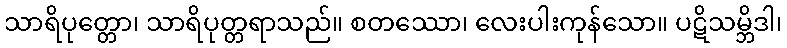
သာရိပုတ္တော၊ သာရိပုတ္တရာသည်။ စတဿော၊ လေးပါးကုန်သော။ ပဋိသမ္ဘိဒါ၊